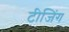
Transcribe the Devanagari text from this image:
टीजिंग